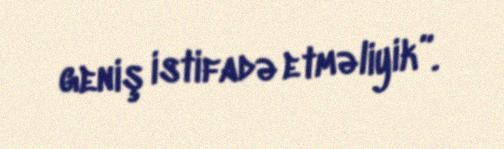
geniş istifadə etməliyik”.